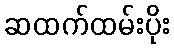
ဆထက်ထမ်းပိုး